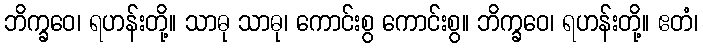
ဘိက္ခဝေ၊ ရဟန်းတို့။ သာဓု သာဓု၊ ကောင်းစွ ကောင်းစွ။ ဘိက္ခဝေ၊ ရဟန်းတို့။ ဧတံ၊